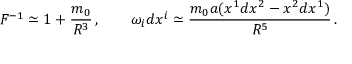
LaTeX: F ^ { - 1 } \simeq 1 + { \frac { m _ { 0 } } { R ^ { 3 } } } \, , \qquad \omega _ { i } d x ^ { i } \simeq { \frac { m _ { 0 } a ( x ^ { 1 } d x ^ { 2 } - x ^ { 2 } d x ^ { 1 } ) } { R ^ { 5 } } } \, .